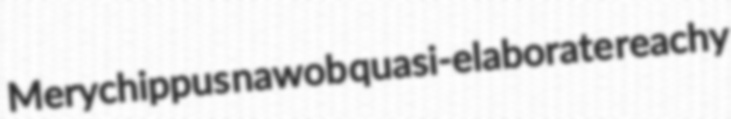
Merychippus nawob quasi-elaborate reachy